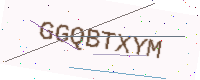
Text: GGQBTXYM